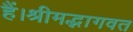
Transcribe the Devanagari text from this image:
हैं।श्रीमद्भागवत